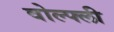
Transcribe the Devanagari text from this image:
वोल्फ्ली